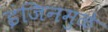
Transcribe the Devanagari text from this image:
इंजिनमुळे